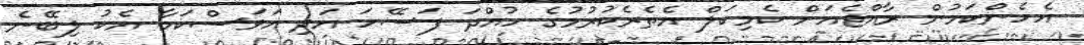
އެހެންކަމުން ރާއްޖެއަށް ކެމިކަލް އެތެރެކުރުމުގެ ހުއްދަ ފަސޭހަ އަދި އަވަސްކަމާ އެކު ލިބޭނެ